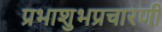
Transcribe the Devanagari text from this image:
प्रभाशुभप्रचारणी